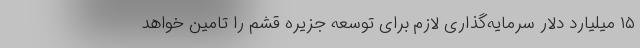
۱۵ میلیارد دلار سرمایه‌گذاری لازم برای توسعه جزیره قشم را تامین خواهد